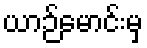
ယာဉ်မောင်းမှ